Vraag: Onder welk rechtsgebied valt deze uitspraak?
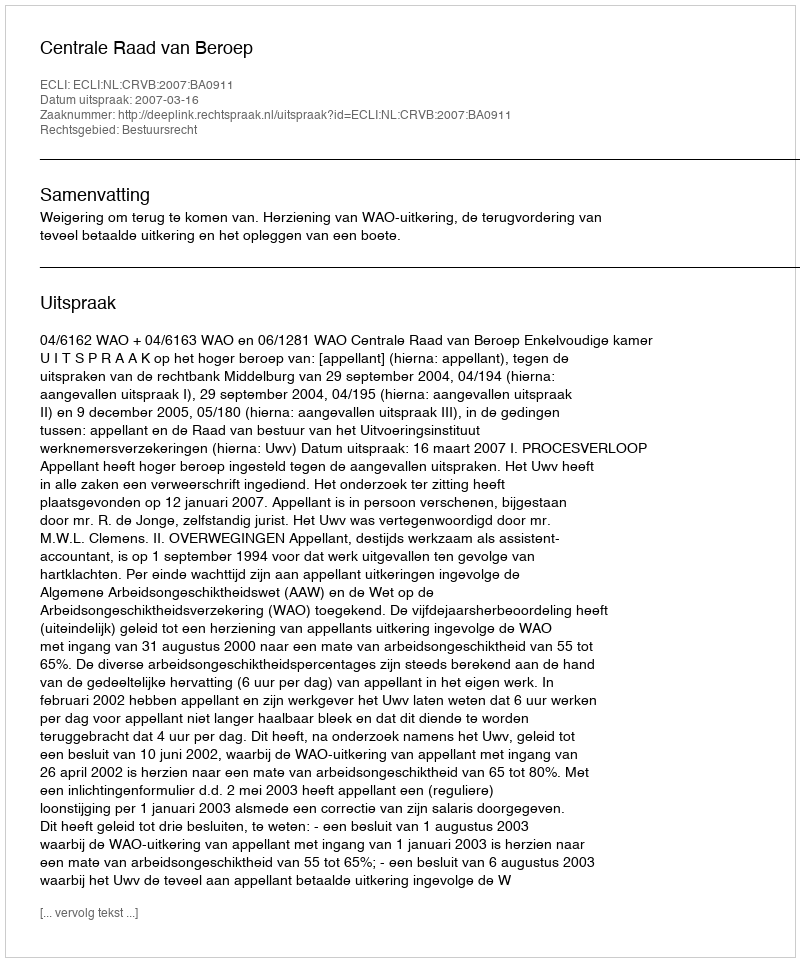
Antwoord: Bestuursrecht